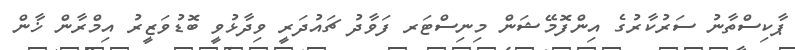
ޕާކިސްތާނު ސަރުކާރުގެ އިންފޮމޭޝަން މިނިސްޓަރ ފަވާދު ޗައުދަރީ ވިދާޅުވީ ބޮޑުވަޒީރު އިމްރާން ޚާން